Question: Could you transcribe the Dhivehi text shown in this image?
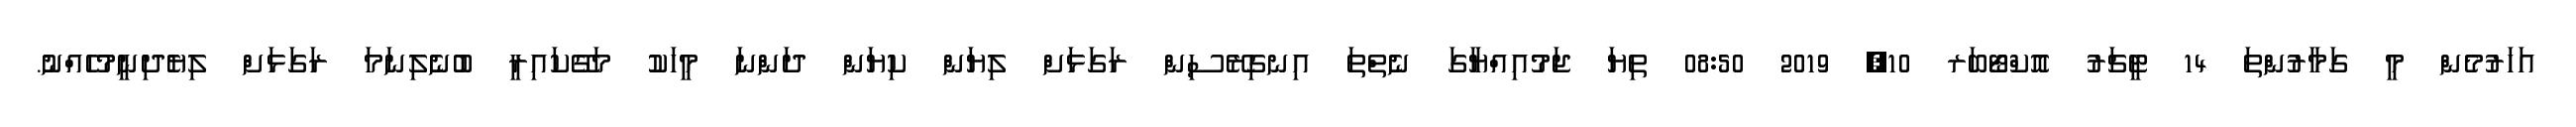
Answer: އަހަރުމެން މީ ގަމާރުންތަ 14 ޓީޗަރު އޮކްޓޯބަރ 10, 2019 08:50 ތިޔަ ޖަމުއިއްޔާގަ ނެތްތަ އިނގިރޭސިން ރަގަޅަށް ލިޔަން ކިޔަން ދަންނަ މީހަކު މަގޭކައިރީ ބުނެލިނަމަ ރަގަޅަށް ލިޔެދިނީމުހެއްނު.